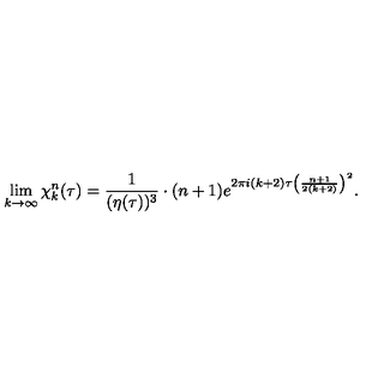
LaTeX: \lim _ { k \rightarrow \infty } \chi _ { k } ^ { n } ( \tau ) = { \frac { 1 } { ( \eta ( \tau ) ) ^ { 3 } } } \cdot ( n + 1 ) e ^ { 2 \pi i ( k + 2 ) \tau \left( { \frac { n + 1 } { 2 ( k + 2 ) } } \right) ^ { 2 } } .